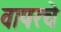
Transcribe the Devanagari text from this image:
वापरचे